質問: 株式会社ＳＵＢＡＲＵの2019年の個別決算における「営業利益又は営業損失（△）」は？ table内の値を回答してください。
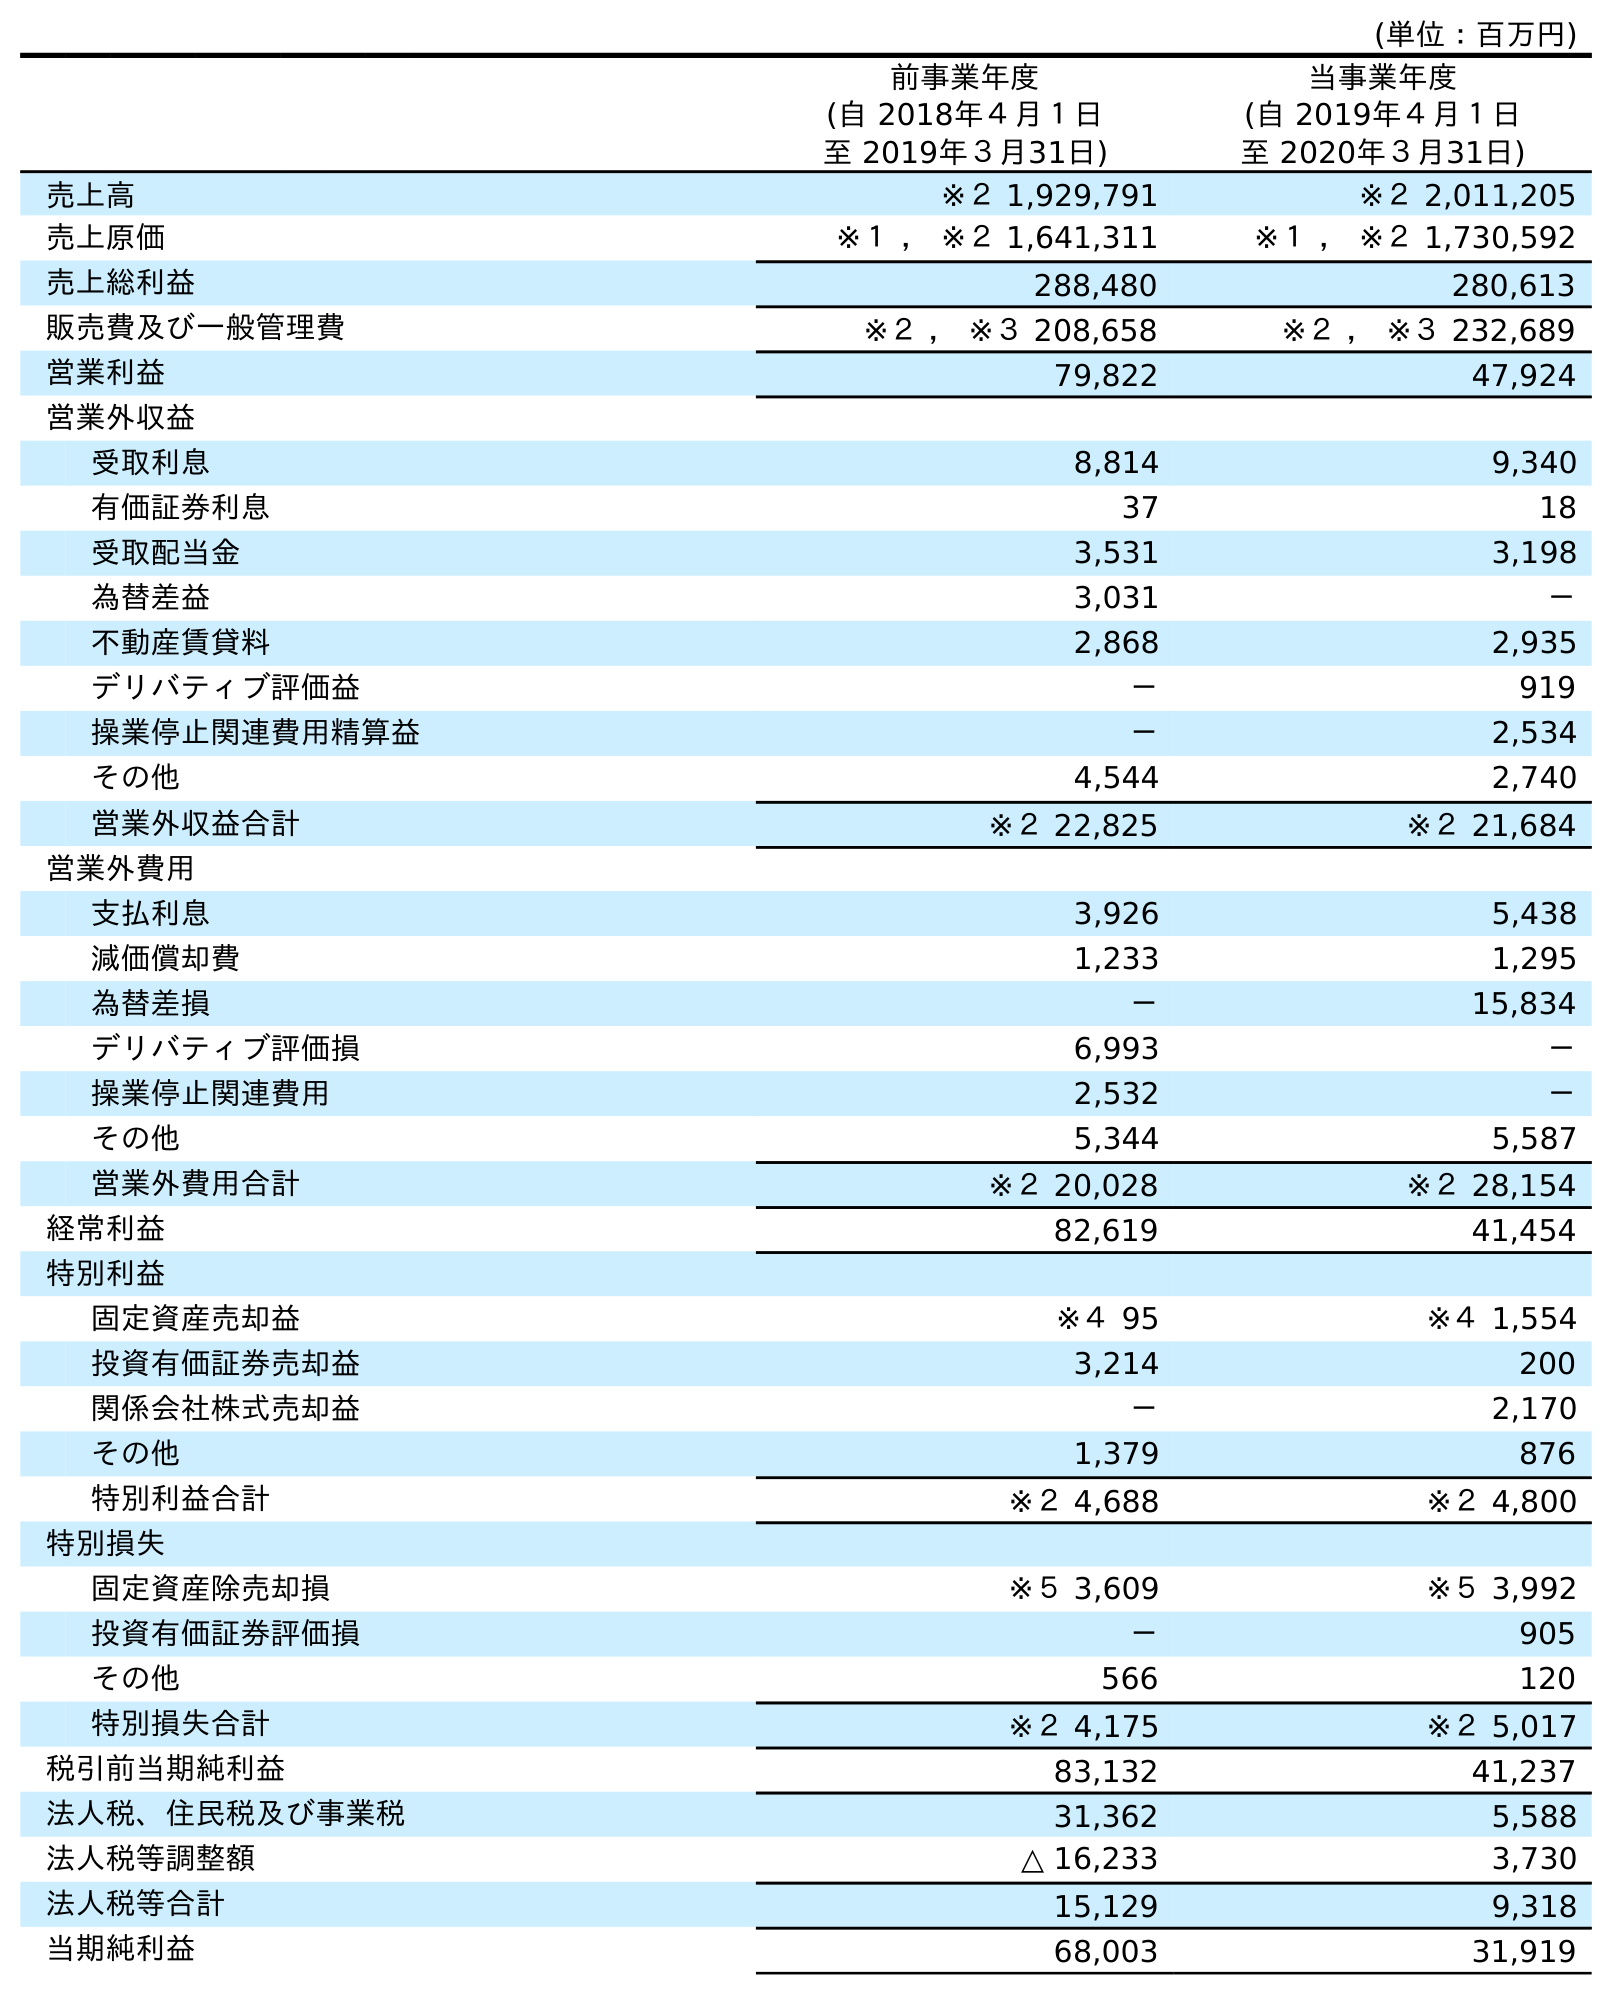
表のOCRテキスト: (単位：百万円) 前事業年度 (自 2018年４月１日 至 2019年３月31日) 当事業年度 (自 2019年４月１日 至 2020年３月31日) 売上高 ※２ 1,929,791 ※２ 2,011,205 売上原価 ※１ ， ※２ 1,641,311 ※１ ， ※２ 1,730,592 売上総利益 288,480 280,613 販売費及び一般管理費 ※２ ， ※３ 208,658 ※２ ， ※３ 232,689 営業利益 79,822 47,924 営業外収益 受取利息 8,814 9,340 有価証券利息 37 18 受取配当金 3,531 3,198 為替差益 3,031 － 不動産賃貸料 2,868 2,935 デリバティブ評価益 － 919 操業停止関連費用精算益 － 2,534 その他 4,544 2,740 営業外収益合計 ※２ 22,825 ※２ 21,684 営業外費用 支払利息 3,926 5,438 減価償却費 1,233 1,295 為替差損 － 15,834 デリバティブ評価損 6,993 － 操業停止関連費用 2,532 － その他 5,344 5,587 営業外費用合計 ※２ 20,028 ※２ 28,154 経常利益 82,619 41,454 特別利益 固定資産売却益 ※４ 95 ※４ 1,554 投資有価証券売却益 3,214 200 関係会社株式売却益 － 2,170 その他 1,379 876 特別利益合計 ※２ 4,688 ※２ 4,800 特別損失 固定資産除売却損 ※５ 3,609 ※５ 3,992 投資有価証券評価損 － 905 その他 566 120 特別損失合計 ※２ 4,175 ※２ 5,017 税引前当期純利益 83,132 41,237 法人税、住民税及び事業税 31,362 5,588 法人税等調整額 △ 16,233 3,730 法人税等合計 15,129 9,318 当期純利益 68,003 31,919
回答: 79,822